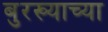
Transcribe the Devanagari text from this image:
बुरख्याच्या